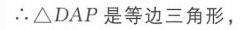
\(\therefore\triangle DAP\)是等边三角形，